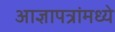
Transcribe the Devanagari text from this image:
आज्ञापत्रांमध्ये